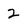
Character: 2